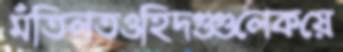
মঁতিলতওহিদগুগুলেকয়ে